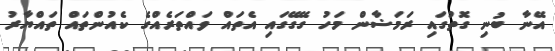
އޭނާ ބުނި ގޮތުގައި ރަމަޟާން މަހު ގޭގޭގައި އެތައް ވައްތަރެއްގެ ކެއުންތައް ތައްޔާރު